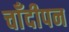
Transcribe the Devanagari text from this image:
चाँदीपन